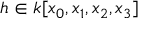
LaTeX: h \in k [ x _ { 0 } , x _ { 1 } , x _ { 2 } , x _ { 3 } ]